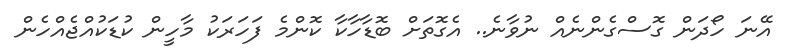
އޭނަ ހޯދަން ގޮސްގެންނެއް ނުވާނެ.. އެގޮތަށް ބޮޑާހާކާ ކޮންމެ ފަހަރަކު މާހީން ކުޑަކުއްޖެއްހެން